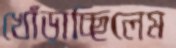
খোঁড়াচ্ছিলেম